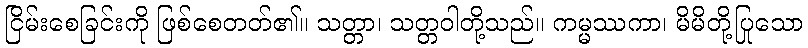
ငြိမ်းစေခြင်းကို ဖြစ်စေတတ်၏။ သတ္တာ၊ သတ္တဝါတို့သည်။ ကမ္မဿကာ၊ မိမိတို့ပြုသော